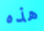
هذه